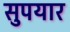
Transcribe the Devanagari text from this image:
सुपयार